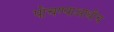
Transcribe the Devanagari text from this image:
पोचण्याआधीच